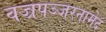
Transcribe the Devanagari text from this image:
वज्रपञ्जरनामेदं